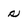
Character: s